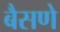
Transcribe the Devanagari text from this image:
बैसणे